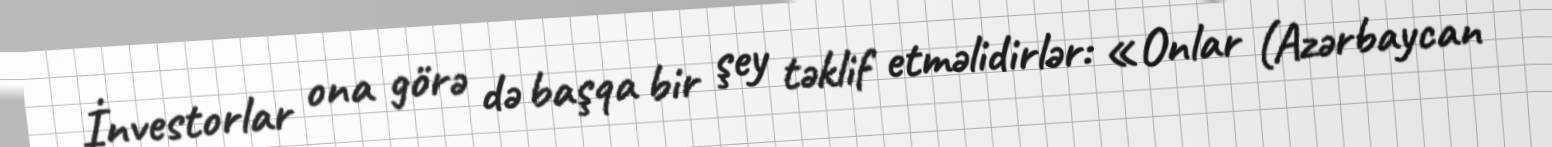
İnvestorlar ona görə də başqa bir şey təklif etməlidirlər: «Onlar (Azərbaycan